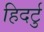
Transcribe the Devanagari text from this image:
हिदर्टु